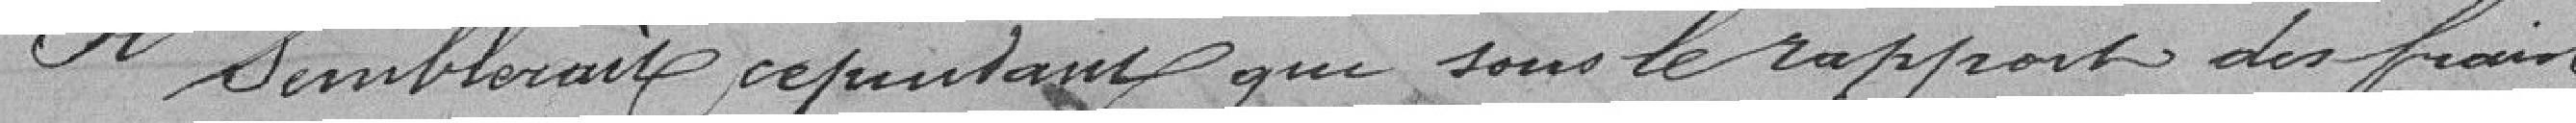
Il semblerait cependant que sans le rapport des frais